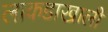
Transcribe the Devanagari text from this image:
लाकडाखाली